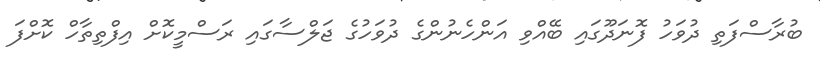
ބުރާސްފަތި ދުވަހު ފޮނަދޫގައި ބޭއްވި އަންހެނުންގެ ދުވަހުގެ ޖަލްސާގައި ރަސްމީކޮށް އިފްތިތާހް ކޮށްފަ